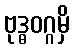
ဗုဒ္ဓဝဂ္ဂမှိ